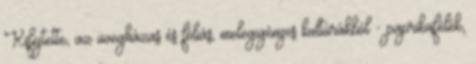
Kifejtette, az üvegházas és fóliás, melegigényes kultúrákból - paprikafélék,